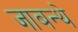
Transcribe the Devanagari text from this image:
जाबन्थे